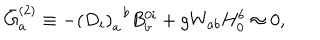
LaTeX: \bar { G } _ { a } ^ { ( 2 ) } \equiv - \left( D _ { i } \right) _ { a } ^ { \; \; b } B _ { b } ^ { 0 i } + g W _ { a b } H _ { 0 } ^ { b } \approx 0 ,